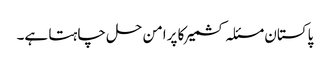
پاکستان مسئلہ کشمیر کا پرامن حل چاہتا ہے۔